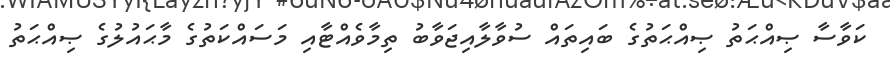
ކަވާސާ ޞިއްޙަތު ޞިއްޙަތުގެ ބައިތައް ސުވާލާއިޖަވާބު ތިމާވެއްޓާއި މަސައްކަތުގެ މާޙައުލުގެ ޞިއްޙަތު